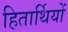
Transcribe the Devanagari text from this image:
हितार्थियों